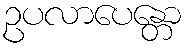
ဥပလာပေန္တော